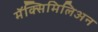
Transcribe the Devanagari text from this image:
मॅक्सिमिलिअन